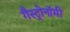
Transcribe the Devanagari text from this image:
गैस्ट्रोनॉमी